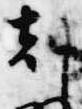
刻